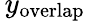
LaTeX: \, y_{\mathrm{overlap}}